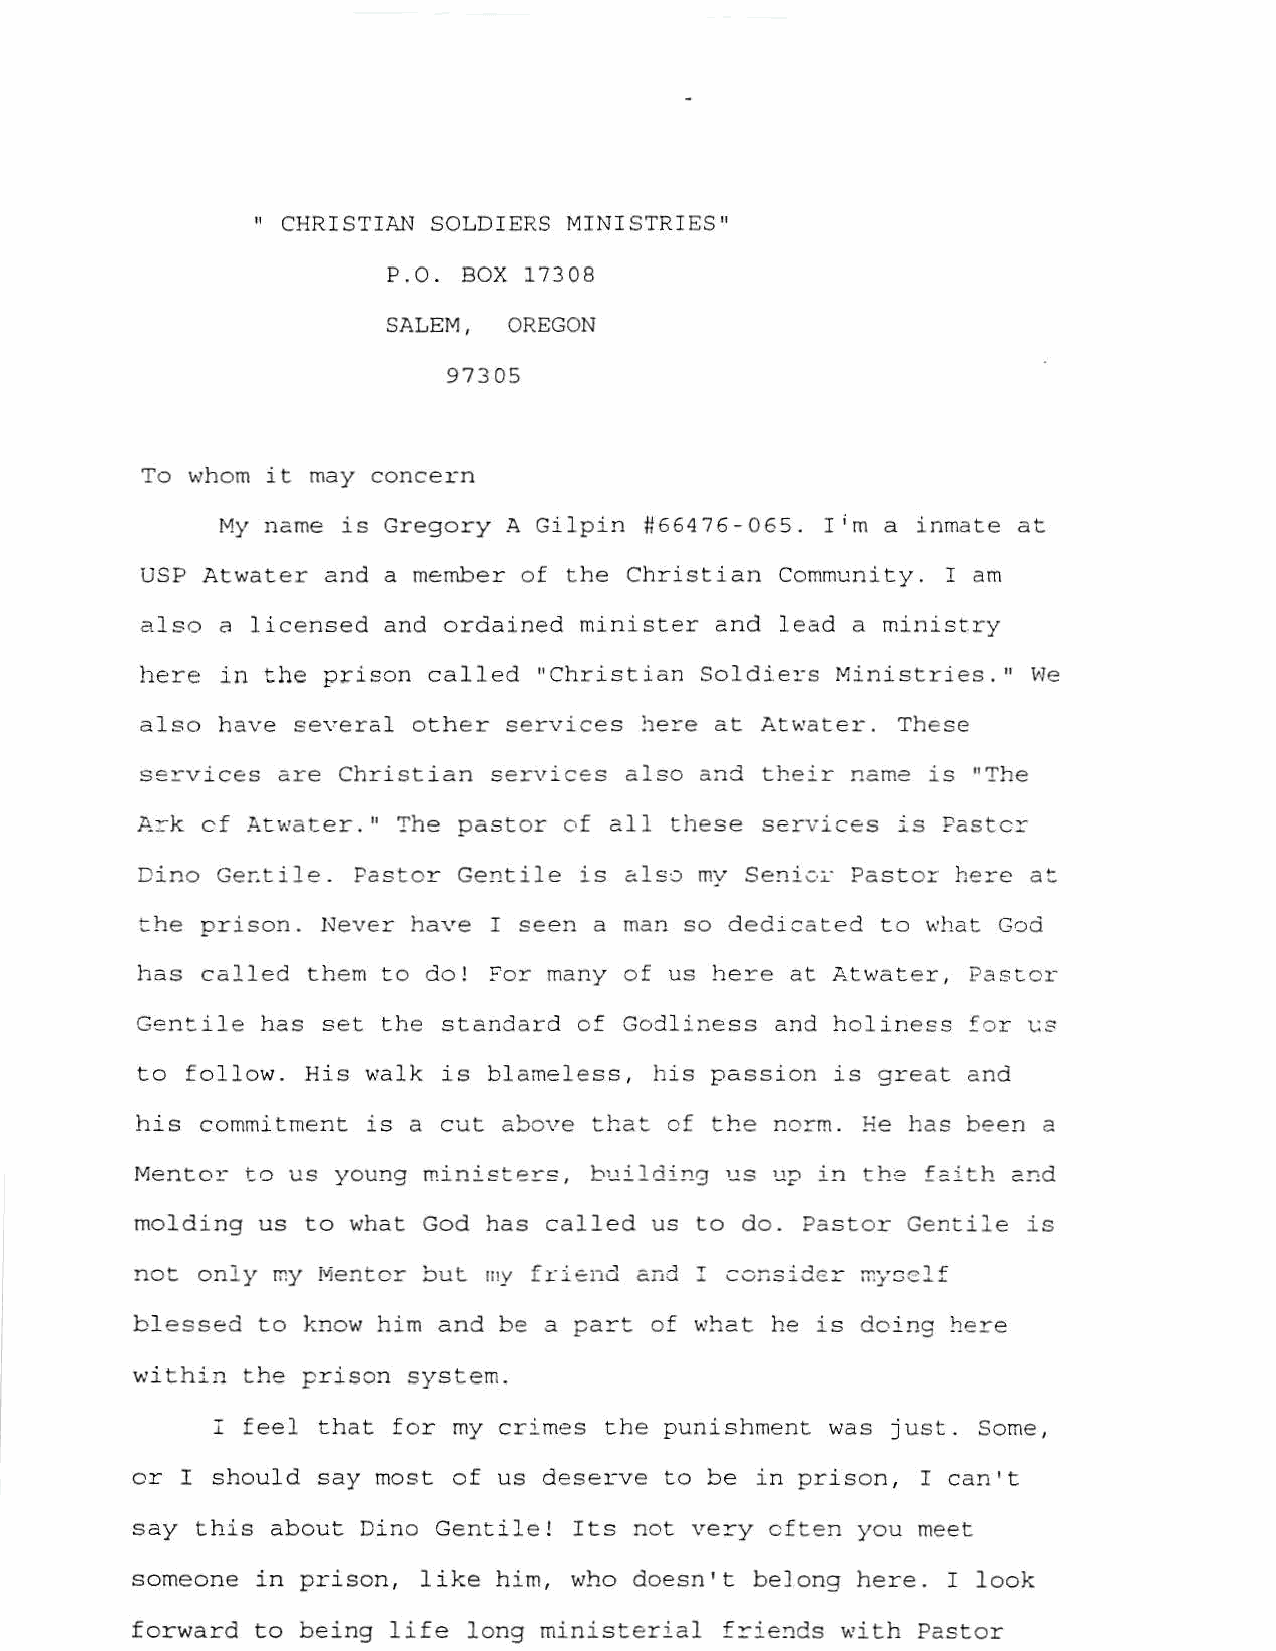
" CHRISTIAN SOLDIERS MINISTRIES"
 P.O. BOX 17308
 SALEM,   OREGON
 97305
 To whom  it may concern
 My name  is Gregory A Gilpin #66476-065. I im a inmate at
 USP Atwater and a member of the Christian Community. I am
 also a  licensed and ordained minister and lead a ministry
 here in the prison called  "Christian Soldiers Ministries. 11 vJe
 also have several other services      at Atwater. These
 he~e
 ser vices are Christian services also and their name is "The
 A::::-k cf .ZI.tv.•ater. 11 The pastor of all these services is Paste:::-
 Dino Ge~tile. Pas tor Gent ile is also my Seni0~ Pastor here a~
 the prison. Never have I seen a man so dedicated to what God
 has called them to do! For many of us here at Atwater, Pastor
 Gentile has set the standard of Godliness and holiness £or ~2
 to follow. His walk is blameless, his passion is great and
 his commitment is a cut a~ove that of the norm. He has been a
 Mentor to us young ministers, building us up in the f2ith and
 molding us to what God has called us to do. Pastor Gentile is
 not only my Mentor ~ut my friend and I ccnsider
 blessed to know him and be a pa::::-t of w~at he is doing here
 within the prison system.
 I feel that for my crimes the punishment was j ust . Some,
 or I should say most of us deserve to be i n prison, I can't
 say this about Dino Gentile! Its not very often you meet
 someone in pri son, like him, who doesn't beJong here. I look
 forward to being life long ministerial friends with Pastor